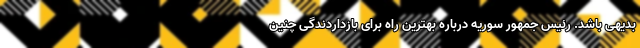
بدیهی باشد. رئیس جمهور سوریه درباره بهترین راه برای بازداردندگی چنین